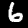
Label: 6